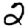
Digit: 2